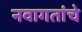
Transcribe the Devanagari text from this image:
नवागतांचे